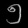
Digit: ၅